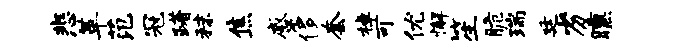
悲革范冠躇秣焦蹙侈套棹可优懈笙脆瑞廷劣曛